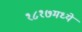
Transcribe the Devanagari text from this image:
१८१७मध्ये